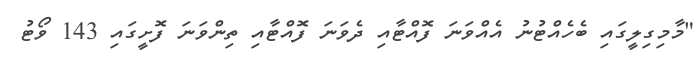
"މާމިގިލީގައި ބެހެއްޓުނު އެއްވަނަ ފޮއްޓާއި ދެވަނަ ފޮއްޓާއި ތިންވަނަ ފޮށީގައި 143 ވޯޓު